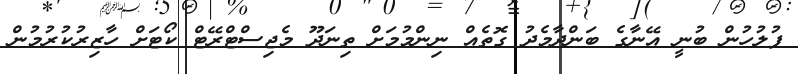
ފުލުހުން ބުނީ އޭނާގެ ބަންދާމެދު ގޮތެއް ނިންމުމަށް ތިނަދޫ މެޖިސްޓްރޭޓް ކޯޓަށް ހާޒިރުކުރުމުން